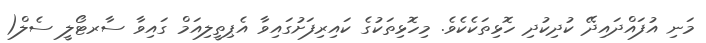
މަނި އުފައްދައިދޭ ކުދިކުދި ހޮޅިތަކެކެވެ. މިހޮޅިތަކުގެ ކައިރިފަށުގައިވާ އެޕިތީލިއަމް ގައިވާ ސާރޓޯލީ ސެލް(